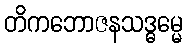
တိကဘောဇနသဒ္ဓမ္မေ